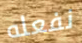
نفعله